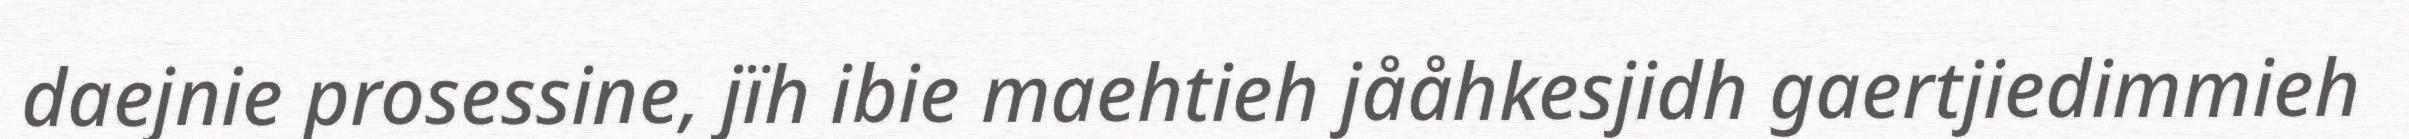
daejnie prosessine, jïh ibie maehtieh jååhkesjidh gaertjiedimmieh